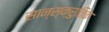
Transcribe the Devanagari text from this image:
सान्स्क्रुतिक